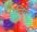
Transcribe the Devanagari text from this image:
सेलियेंट